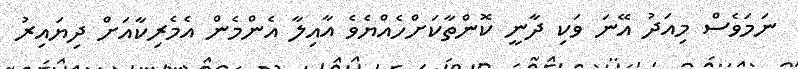
ނަމަވެސް މިއަދު އޭނަ ވަކި ދާނީ ކޮންތާކަށްހެއްޔެވެ އާއިލާ އެންމެން އެމެރިކާއަށް ދިޔައިރު